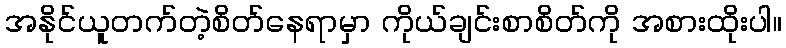
အနိုင်ယူတက်တဲ့စိတ်နေရာမှာ ကိုယ်ချင်းစာစိတ်ကို အစားထိုးပါ။